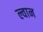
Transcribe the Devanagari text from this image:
ल्वान